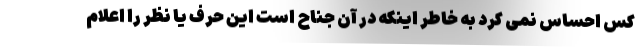
کس احساس نمی کرد به خاطر اینکه در آن جناح است این حرف یا نظر را اعلام